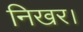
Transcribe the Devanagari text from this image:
निखर।